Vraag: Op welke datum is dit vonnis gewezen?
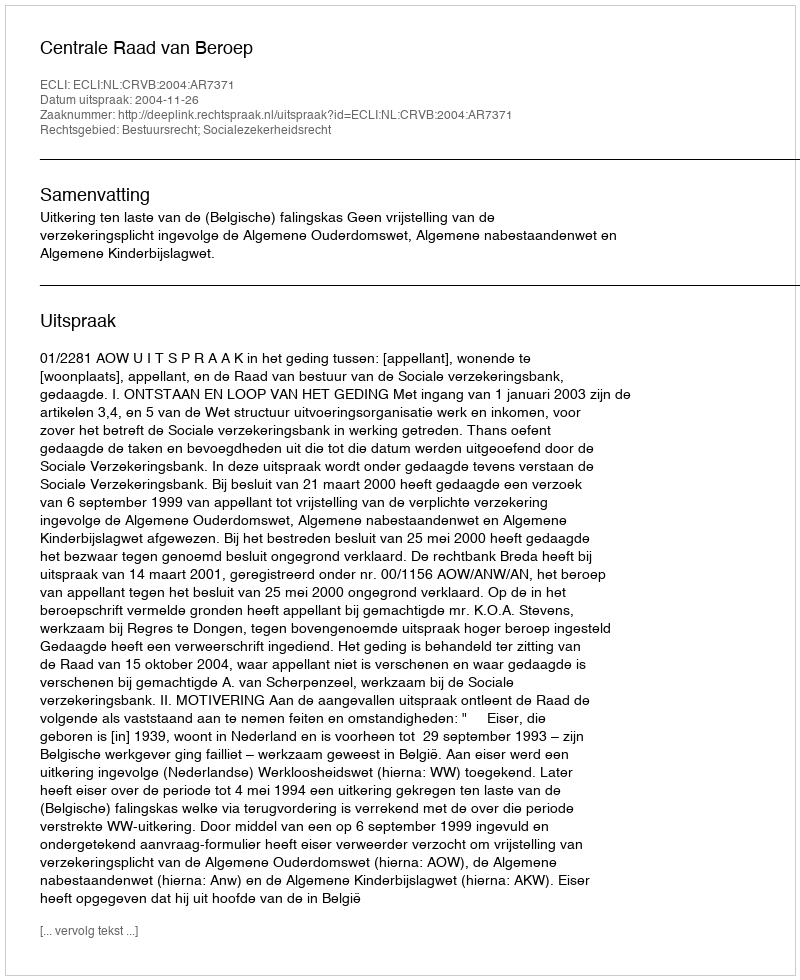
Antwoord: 2004-11-26